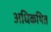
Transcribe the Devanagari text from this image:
अधिकथित